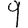
Digit: 9